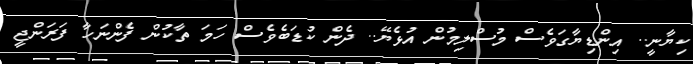
ކިޔާނީ.. އިންޑިޔާގަވެސް މުސްލިމުން އުޅެޔޭ.. ދެން ކުޑަބެވެސް ހަމަ ތާކުން ފެންނަހާ ފަރަންޖީ